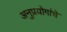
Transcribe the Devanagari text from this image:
अनुप्रयोगांचे